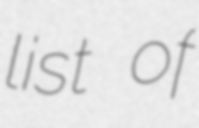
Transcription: list of